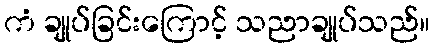
ကံ ချုပ်ခြင်းကြောင့် သညာချုပ်သည်။